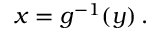
x = g ^ { - 1 } ( y ) \, .